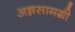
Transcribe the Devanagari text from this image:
अन्नसामग्री